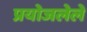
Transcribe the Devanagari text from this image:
प्रयोजलेले